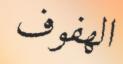
الھفوف